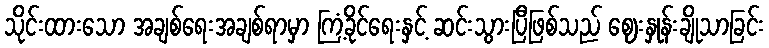
သိုင်းထားသော အချစ်ရေးအချစ်ရာမှာ ကြံ့ခိုင်ရေးနှင့် ဆင်းသွားပြီဖြစ်သည် ဈေးနှုန်းချိုသာခြင်း